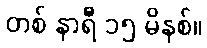
တစ် နာရီ ၁၅ မိနစ်။